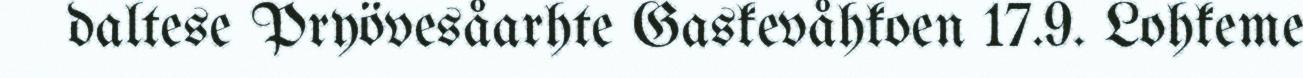
daltese Pryövesåarhte Gaskevåhkoen 17.9. Lohkeme